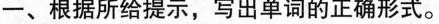
一、根据所给提示，写出单词的正确形式。1.attentive-(adv专心地；注意地)2.attract--(n。吸引；吸引力；有吸引力的事物/人)